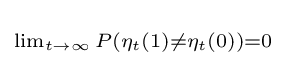
\scriptstyle \lim _{t\rightarrow \infty }P(\eta _{t}(1)\neq \eta _{t}(0))=0